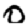
Digit: 0